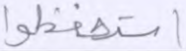
استحفظوا